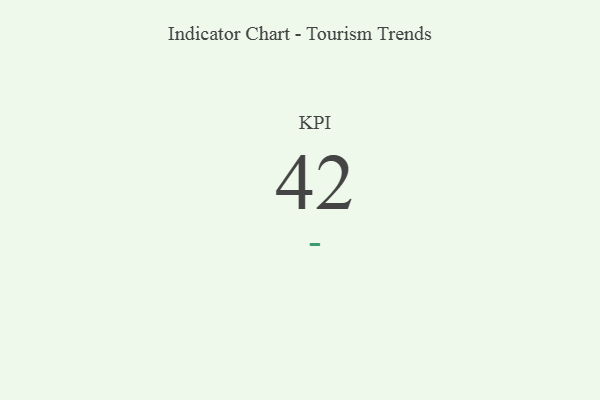
{"axis": {"x": "KPI", "y": "Value"}, "legend": [""], "data": [{"x": "KPI", "y": 42, "type": ""}]}